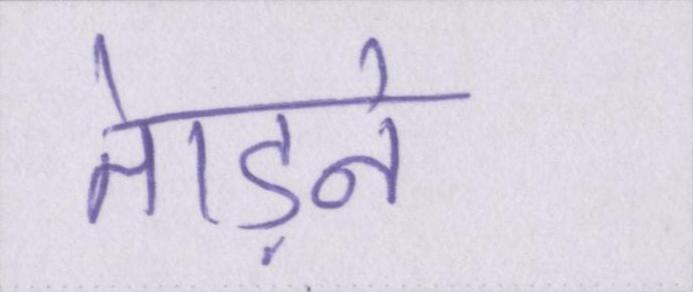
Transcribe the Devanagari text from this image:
तेाड़ने